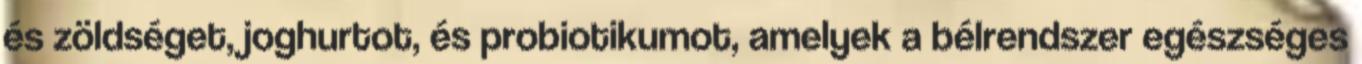
és zöldséget, joghurtot, és probiotikumot, amelyek a bélrendszer egészséges